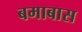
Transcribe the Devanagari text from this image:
बमाबास